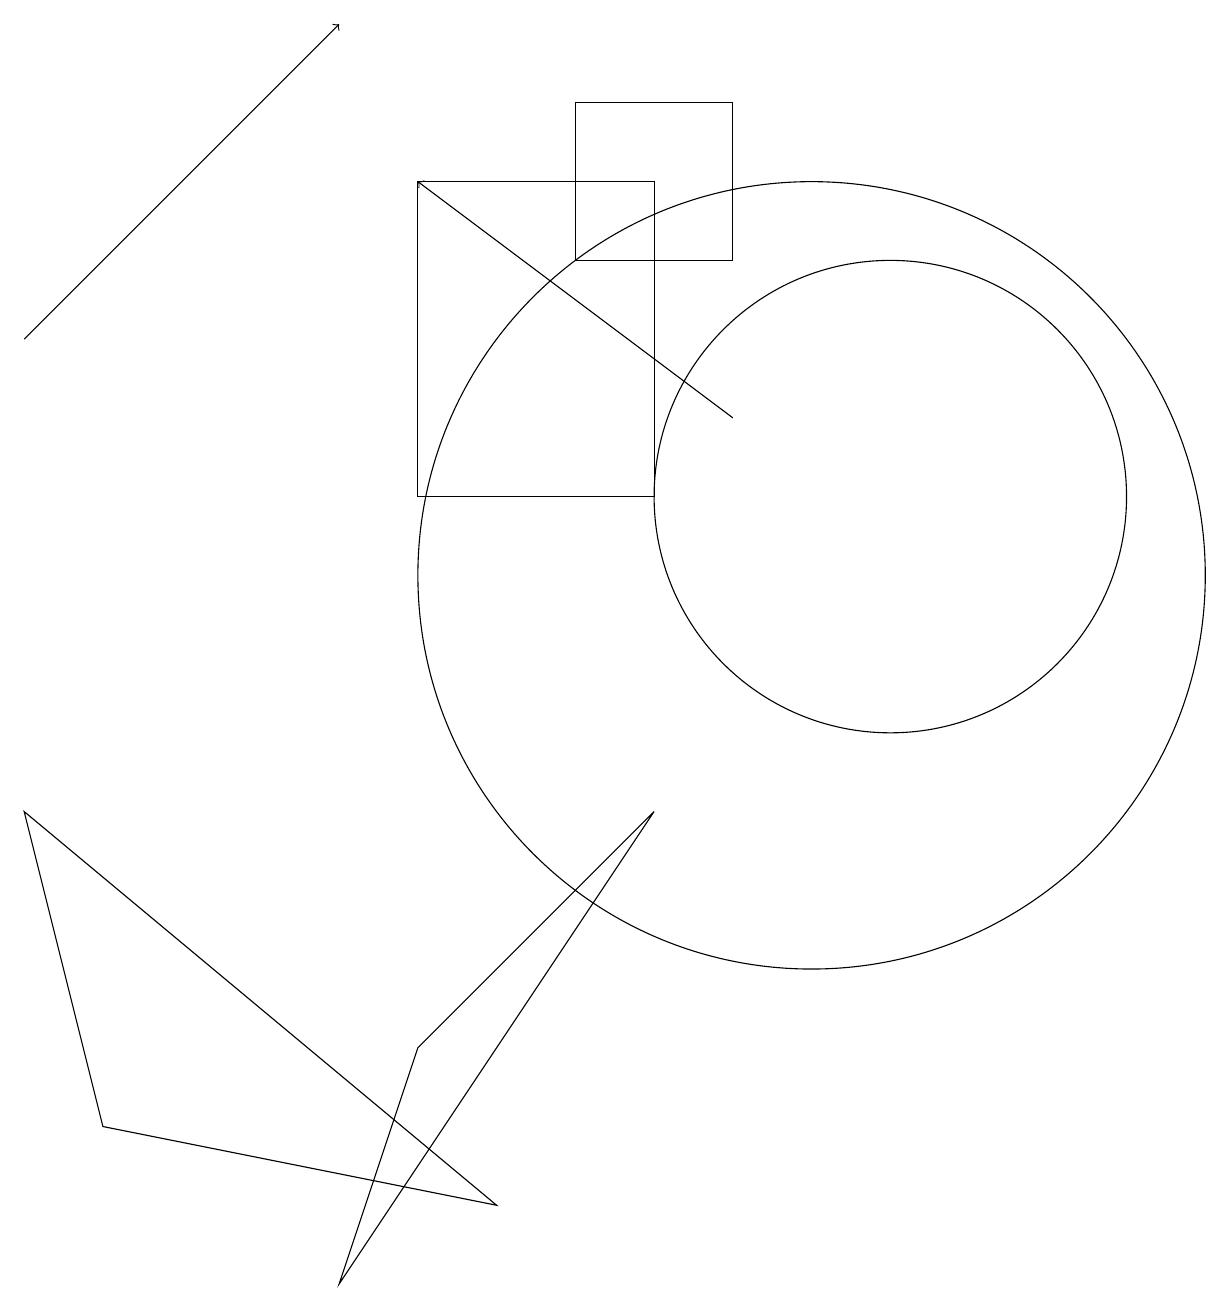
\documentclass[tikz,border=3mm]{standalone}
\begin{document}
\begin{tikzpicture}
\draw[->] (0,14) -- (4,18);
\draw (10,11) circle (5);
\draw (11,12) circle (3);
\draw (5,16) rectangle (8,12);
\draw (9,17) rectangle (7,15);
\draw (0,8) -- (1,4) -- (6,3) -- cycle;
\draw (4,2) -- (5,5) -- (8,8) -- cycle;
\draw[->] (9,13) -- (5,16);
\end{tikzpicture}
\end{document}